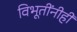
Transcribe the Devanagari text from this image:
विभूतींनीही